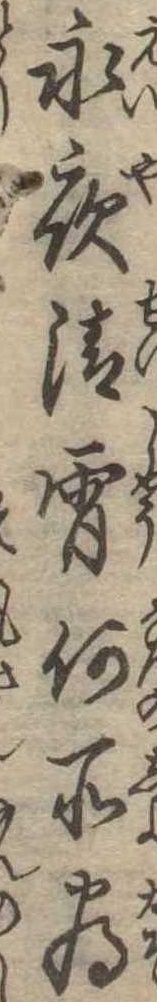
永夜清宵何所為